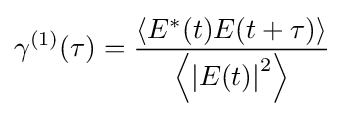
\gamma ^{(1)}(\tau )={\frac {\left\langle E^{*}(t)E(t+\tau )\right\rangle }{\left\langle \left|E(t)\right|^{2}\right\rangle }}